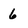
Character: 6